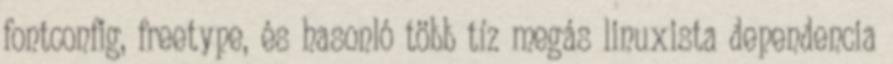
fontconfig, freetype, és hasonló több tíz megás linuxista dependencia